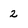
Character: 2